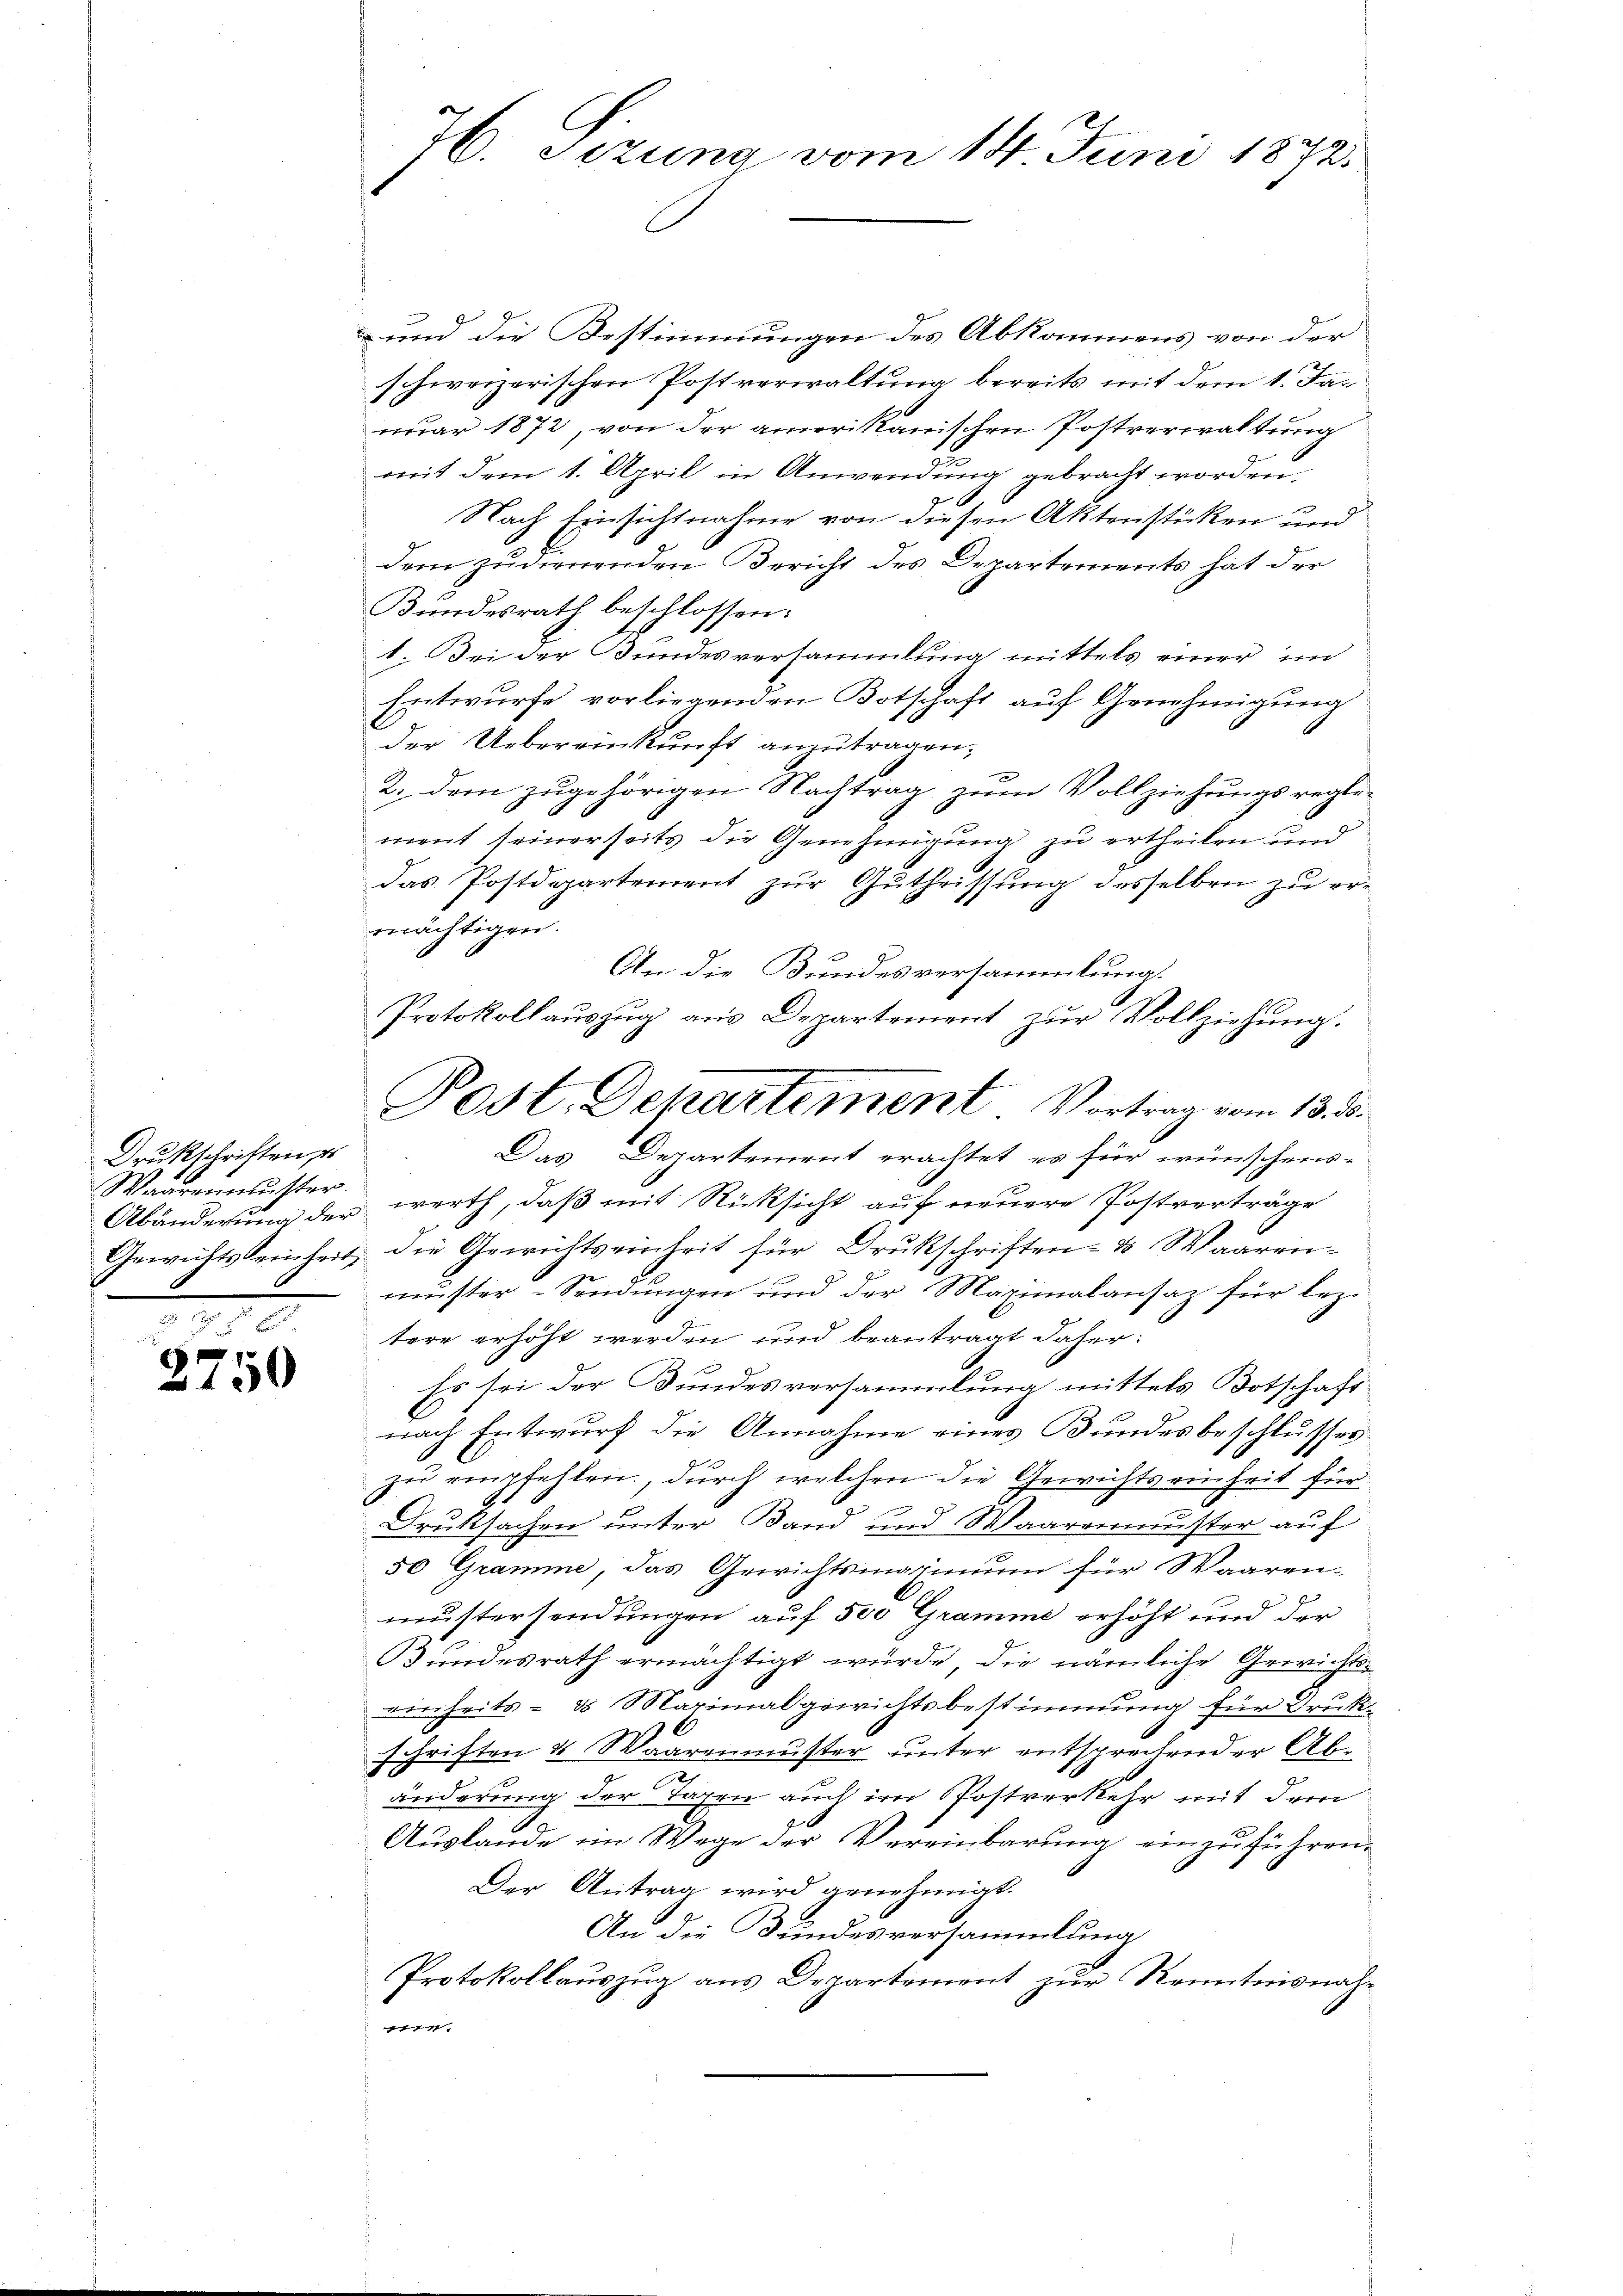
Drukschriften, es
Waarenmuster.

9
150

und die Bestimmungen des Abkommens von der
schweizerischen Postverwaltung bereits mit dem 1. Jan
nuar 1872, von der amerikanischen Postverwaltung
mit dem 1. April in Anwendung gebracht worden.
Nach Einsichtnahme von diesen Aktenstücken und
dem zudienenden Bericht des Departements hat der
Bundesrath beschlossen:
1. Bei der Bundesversammlung mittels einer im
Entwurfe vorliegenden Botschaft auf Genehmigung
der Uebereinkunft anzutragen;
2. dem zugehörigen Nachtrag zum Vollziehungsregle-
ment seinerseits die Genehmigung zu ertheilen und
das Postdepartement zur Gutheissung desselben zu ermächtigen.
An die Bundesversammlung.
Das Departement erachtet es für wünschens-
Abänderung der werth, daß mit Rücksicht auf neuere Postverträge
Gewichts seinheit, die Gewichtseinheit für Drukschriften- & Waaren-
muster Sendungen und der Maximalansaz für leztere erhöht werden und beantragt daher:
Es sei der Bundesversammlung mittels Botschaft-
nach Entwurf die Annahme eines Bundesbeschlusses
zu empfehlen, durch welchen die Gewichtseinheit für
f
Druksachen unter Band und Waarenmuster auf
50 Gramme, das Gewichtsmaximum für Waaren-
mustersendungen auf 500 Gramme erhöht und der
Bundesrath ermächtigt würde, die nämliche Gewichts-
einheits- & Maximalgewichtsbestimmung für Drukschriften & Waarenmuster unter entsprechender Abänderung der Tagen auch im Postverkehr mit dem
Aŭslande im Wege der Vereinbarŭng einzŭführen.
Der Antrag wird genehmigt.
An die Bundesversammlung
Protokollauszug aus Departement zur Kenntnisnah¬
1

76. Sizung vom 14. Juni 1872.

Protokollauszug aus Departement zur Vollziehung.
Post. Departement. Vortrag vom 13. d.